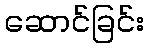
ဆောင်ခြင်း